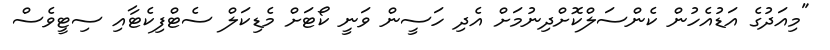
"މިއަދުގެ އަޑުއެހުން ކެންސަލްކޮށްދިނުމަށް އެދި ހަސީން ވަނީ ކޯޓަށް މެޑިކަލް ސެޓްފިކެޓާއި ސިޓީވެސް